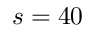
s = 4 0